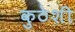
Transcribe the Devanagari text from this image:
कुठेशी